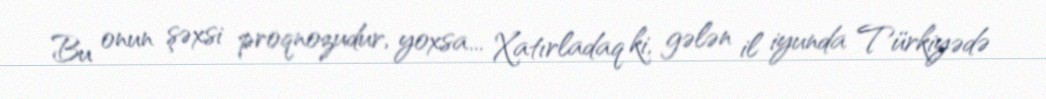
Bu onun şəxsi proqnozudur, yoxsa... Xatırladaq ki, gələn il iyunda Türkiyədə